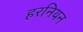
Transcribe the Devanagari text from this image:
हरनियन